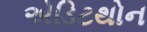
એડિટથોન